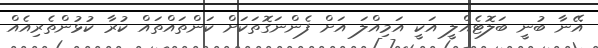
އޭނާ ބުނީ ބަލޮޓެއްލީ އަކީ އަމިއްލަ އަށް ފެންނަގޮތަކަށް ކަންތައްތައް ކުރާ ކުޅުންތެރިއެއް